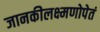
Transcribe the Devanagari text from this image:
जानकीलक्ष्मणोपेतं